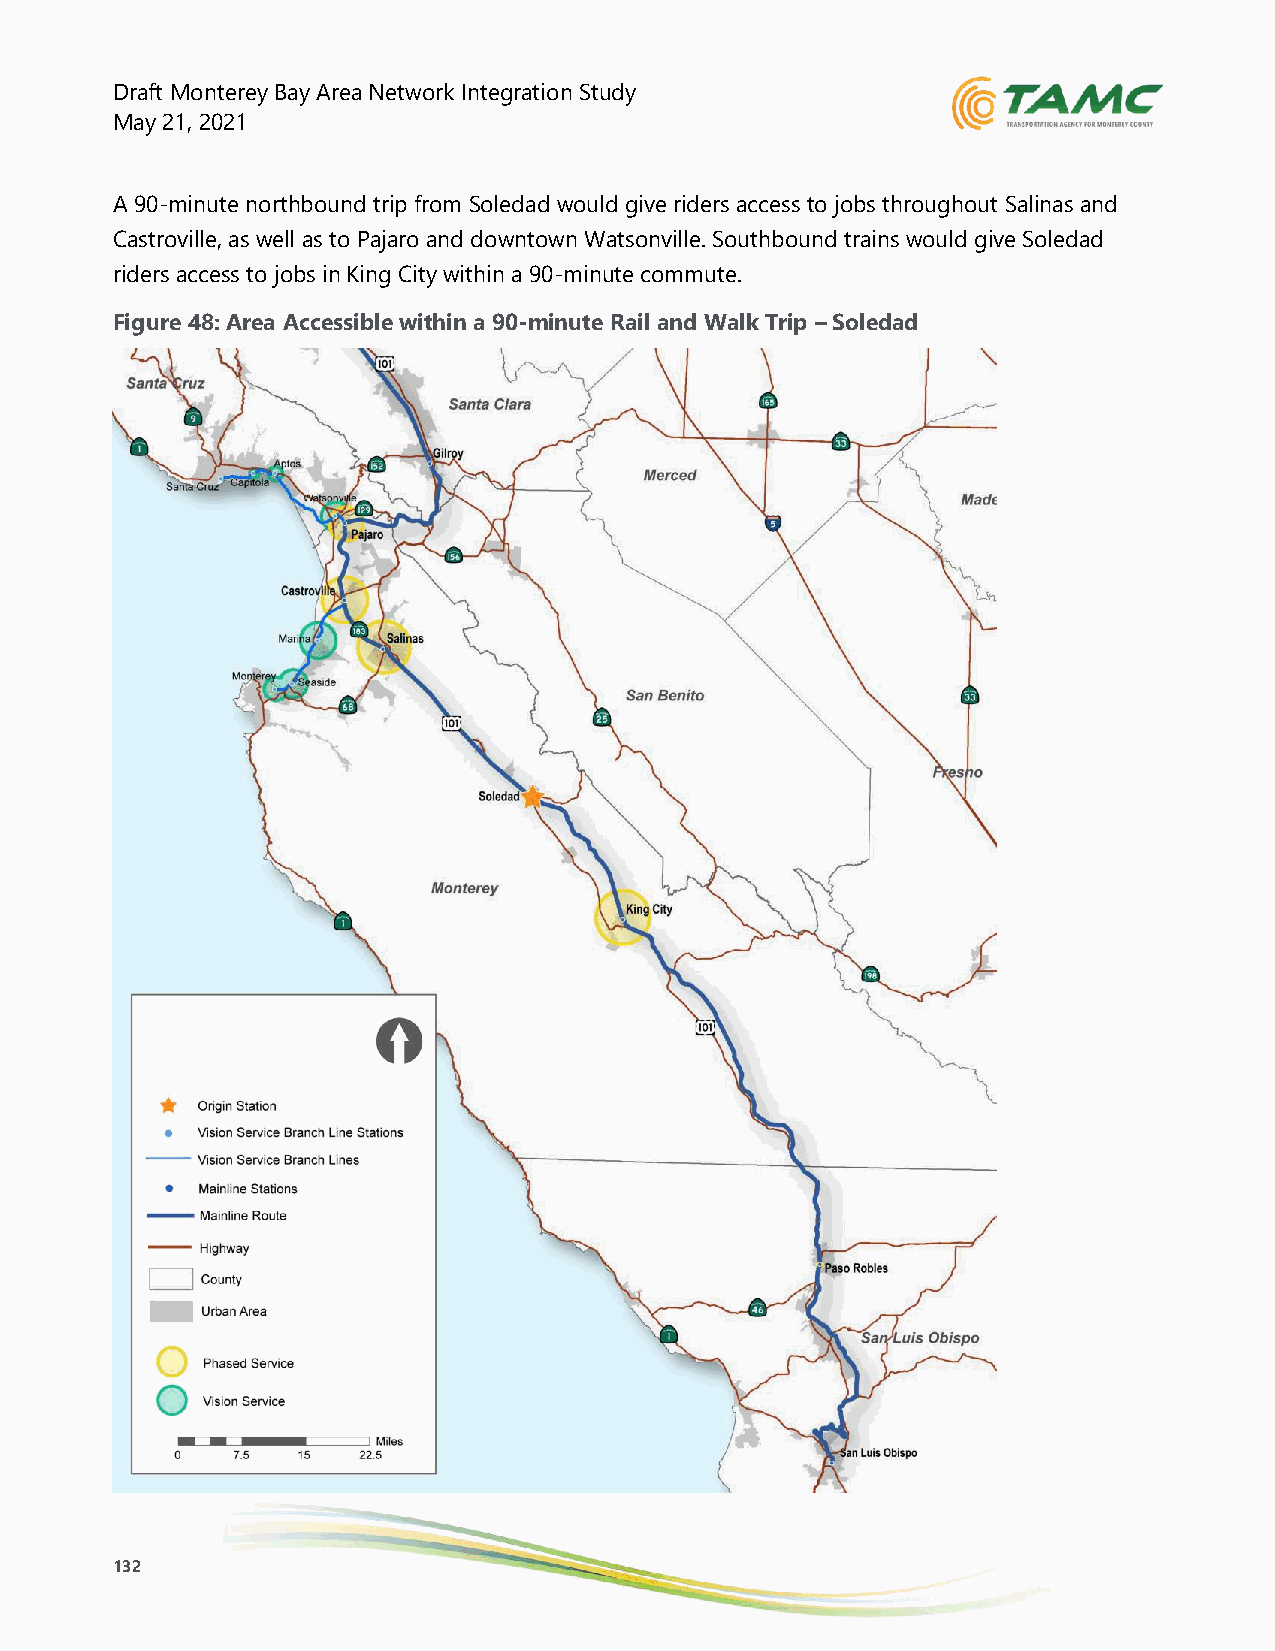
Draft Monterey Bay Area Network Integration Study
 May 21, 2021
 A 90-minute northbound trip from Soledad would give riders access to jobs throughout Salinas and
 Castroville, as well as to Pajaro and downtown Watsonville. Southbound trains would give Soledad
 riders access to jobs in King City within a 90-minute commute.
 Figure 48: Area Accessible within a 90-minute Rail and Walk Trip – Soledad
 132